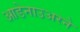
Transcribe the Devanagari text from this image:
आडेनाउअरने